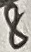
Text: 8